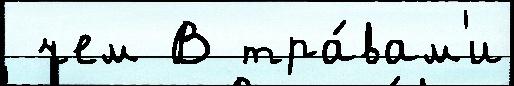
 чем В тра́вам'и